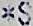
*S